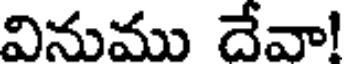
వినుము దేవా!